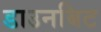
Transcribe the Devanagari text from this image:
डाउनबिट